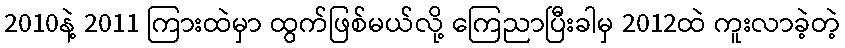
2010နဲ့ 2011 ကြားထဲမှာ ထွက်ဖြစ်မယ်လို့ ကြေညာပြီးခါမှ 2012ထဲ ကူးလာခဲ့တဲ့